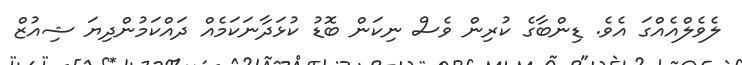
ލެވެލްއެއްގަ އެވެ. ޑިންބާގެ ކުރިން ވެސް ނިކަން ބޮޑު ކުޅަދާނަކަމެއް ދައްކަމުންދިޔަ ޝިއުޒް